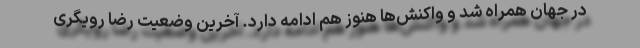
در جهان همراه شد و واکنش‌ها هنوز هم ادامه دارد. آخرین وضعیت رضا رویگری